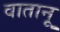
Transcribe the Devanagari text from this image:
वातानू